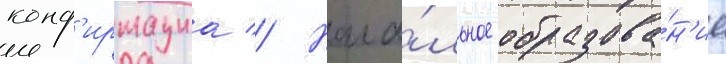
конф'ирмациа // Нача́льное образова́н'ие